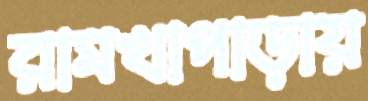
রামখাপাড়ায়